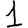
Digit: 1